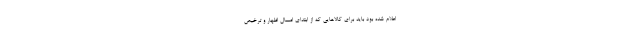
اعلام شده بود باید برای کالاهایی که از ابتدای امسال اظهار و ترخیص